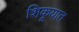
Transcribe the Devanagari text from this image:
शिकूयात